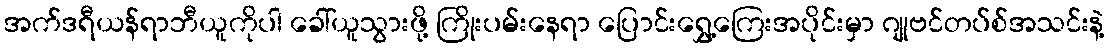
အက်ဒရီယန်ရာဘီယူကိုပါ ခေါ်ယူသွားဖို့ ကြိုးပမ်းနေရာ ပြောင်းရွှေ့ကြေးအပိုင်းမှာ ဂျုဗင်တပ်စ်အသင်းနဲ့